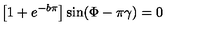
\left[ 1 + e ^ { - b \pi } \right] \sin ( \Phi - \pi \gamma ) = 0